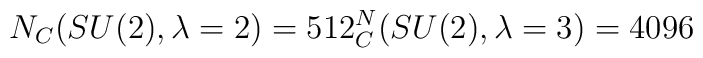
N_C(SU(2),\lambda=2)= 512\sp N_C(SU(2),\lambda=3)=4096